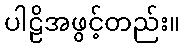
ပါဠိအဖွင့်တည်း။